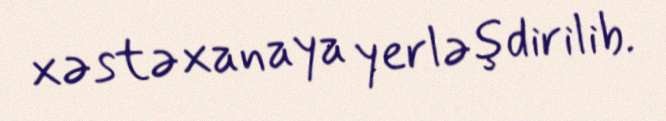
xəstəxanaya yerləşdirilib.